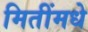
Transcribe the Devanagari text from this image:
मितींमधे